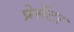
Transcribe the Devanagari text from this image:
प्रेसेंटर